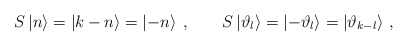
\begin{align*}S\left| n\right\rangle =\left| k-n\right\rangle =\left| -n\right\rangle \: ,\qquad S\left| \vartheta _{l}\right\rangle =\left| -\vartheta _{l}\right\rangle =\left| \vartheta _{k-l}\right\rangle\,,\end{align*}